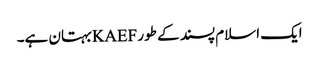
ایک اسلام پسند کے طور KAEFبہتان ہے۔